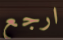
ارجع